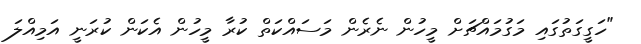
"ހަގީގަތުގައި މަގުމައްޗަށް މީހުން ނެރެން މަސައްކަތް ކުރާ މީހުން އެކަން ކުރަނީ އަމިއްލަ